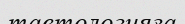
тавтологияға